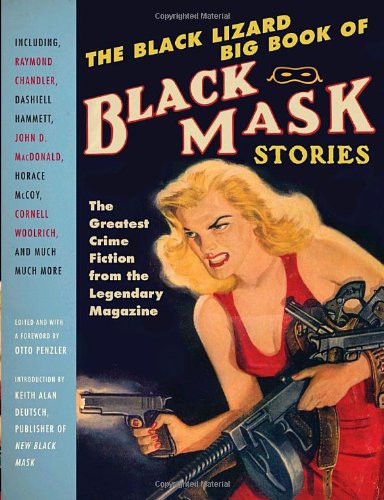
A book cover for The Black Lizard Big Book of Black Mask Stories (Vintage Crime/Black Lizard); Mystery, Thriller & Suspense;